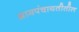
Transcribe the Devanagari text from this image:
ग्रामपंचायतीतील